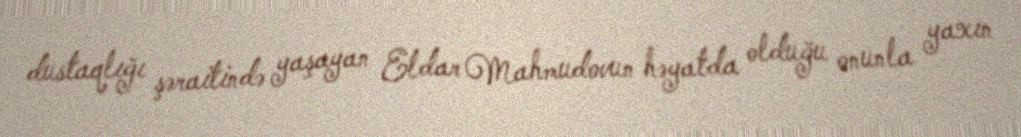
dustaqlığı şəraitində yaşayan Eldar Mahmudovun həyatda olduğu onunla yaxın